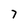
Character: 7